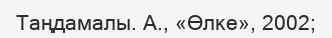
Таңдамалы. А., «Өлке», 2002;